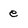
Character: e